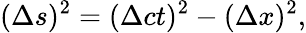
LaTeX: (\Delta s)^{2}=(\Delta ct)^{2}-(\Delta x)^{2},